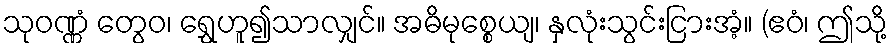
သုဝဏ္ဏံ တွေဝ၊ ရွှေဟူ၍သာလျှင်။ အဓိမုစ္စေယျ၊ နှလုံးသွင်းငြားအံ့။ (ဧဝံ၊ ဤသို့